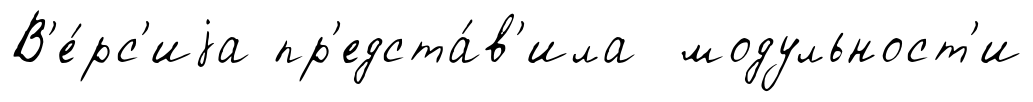
В'е́рс'иjа пр'едста́в'ила модульност'и